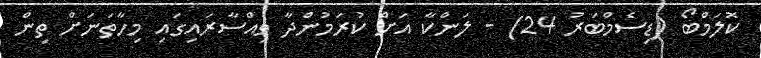
ކޮލަމްބޯ (ޑިސެމްބަރު 24) - ލަންކާ އަށް ކުރަމުންދާ ވިއްސާރައިގައި މިހާތަނަށް ތިން